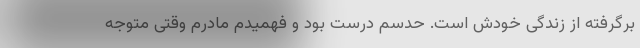
برگرفته از زندگی خودش است. حدسم درست بود و فهمیدم مادرم وقتی متوجه